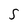
Character: S